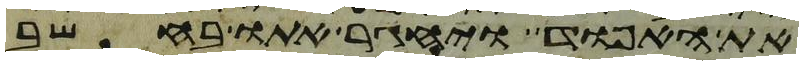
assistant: את האפוד ויחגר אתו בחשב